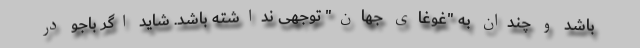
باشد و چندان به "غوغای جهان" توجهی نداشته باشد. شاید اگر باجو در